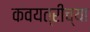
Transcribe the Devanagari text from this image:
कवयत्रीच्या